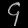
Digit: ၄